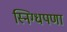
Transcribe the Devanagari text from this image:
स्निग्धपणा